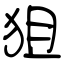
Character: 狙